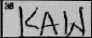
Transcription: KAW